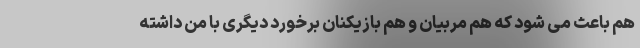
هم باعث می شود که هم مربیان و هم بازیکنان برخورد دیگری با من داشته